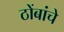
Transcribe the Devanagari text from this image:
ठोंबांचे